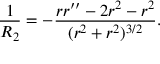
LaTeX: \frac { 1 } { R _ { 2 } } = - \frac { r r ^ { \prime \prime } - 2 r ^ { 2 } - r ^ { 2 } } { ( r ^ { 2 } + r ^ { 2 } ) ^ { 3 / 2 } } . \nonumber